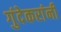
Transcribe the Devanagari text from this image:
गुंदेकरांनी